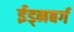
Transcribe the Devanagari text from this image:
ईड्नबर्ग